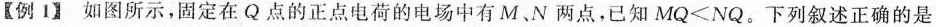
【例1】如图所示，固定在Q点的正点电荷的电场中有M、N两点，已知$$MQ< NQ$$。下列叙述正确的是